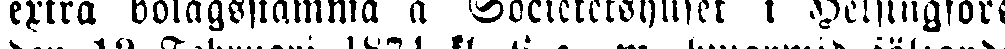
extra bolagsstämma å Societetshuset i Helsingfors